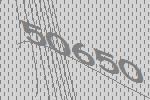
50650